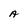
Character: A